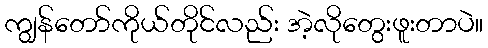
ကျွန်တော်ကိုယ်တိုင်လည်း အဲ့လိုတွေးဖူးတာပဲ။